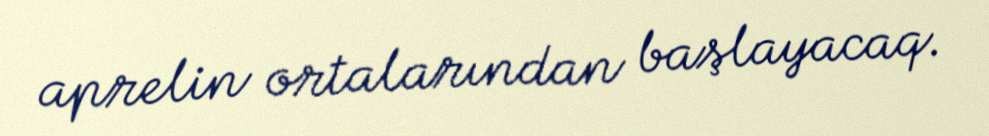
aprelin ortalarından başlayacaq.